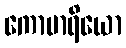
ကောမာရိယော